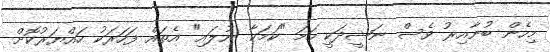
މިހެން ބުނާއިރު ވެސް ނަޝީދަކީ ހަމަ "ކަމަކާ ނުލައި" އެތައް ފަހަރަކު ހައްޔަރުކޮށް